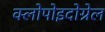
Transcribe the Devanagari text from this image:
क्लोपोइदोग्रेल